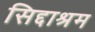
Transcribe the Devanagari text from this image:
सिद्दाश्रम